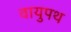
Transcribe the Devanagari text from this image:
वायुपथ